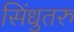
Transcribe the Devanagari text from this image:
सिंधुतरु